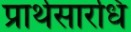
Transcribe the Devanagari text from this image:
प्रार्थसारधि